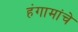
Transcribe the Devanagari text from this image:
हंगामांचे